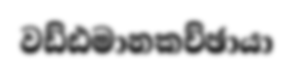
වඩ්ඪමානකච්ඡායා